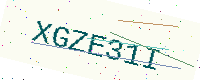
Text: XGZE31I